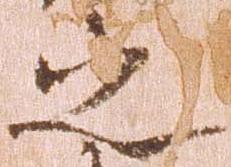
之